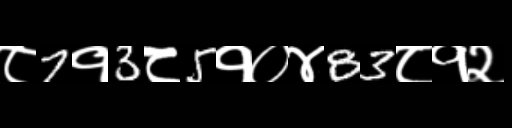
Text: ८7१3८5१०४83८१२